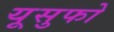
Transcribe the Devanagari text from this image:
यूसुफो